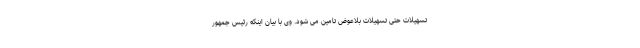
تسهیلات حتی تسهیلات بلاعوض تامین می شود. وی با بیان اینکه رئیس جمهور